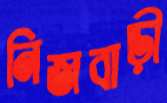
নিজবাড়ী